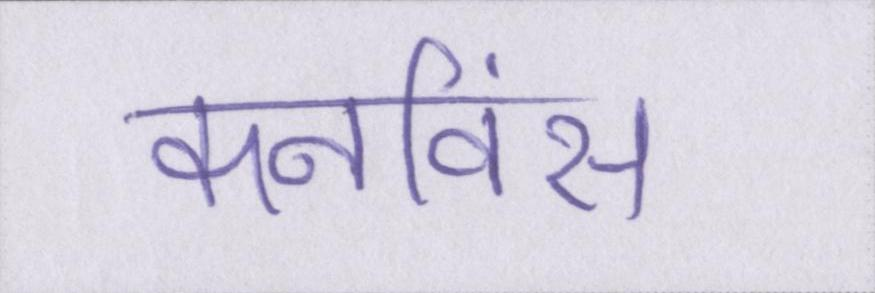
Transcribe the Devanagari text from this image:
कनविंस